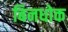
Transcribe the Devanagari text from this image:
बिनधोक